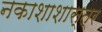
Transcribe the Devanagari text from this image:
नकाशाशास्त्र